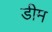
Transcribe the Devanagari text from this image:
डीम